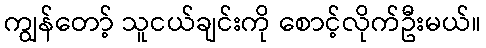
ကျွန်တော့် သူငယ်ချင်းကို စောင့်လိုက်ဦးမယ်။